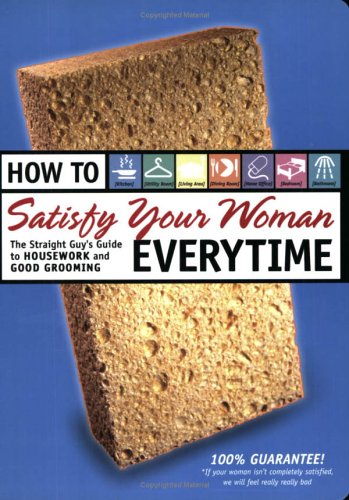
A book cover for How to Satisfy Your Woman Everytime: The Straight Guy's Guide to Housework and Good Grooming; Jane Moseley; Health, Fitness & Dieting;